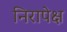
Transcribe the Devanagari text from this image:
निरापेक्ष